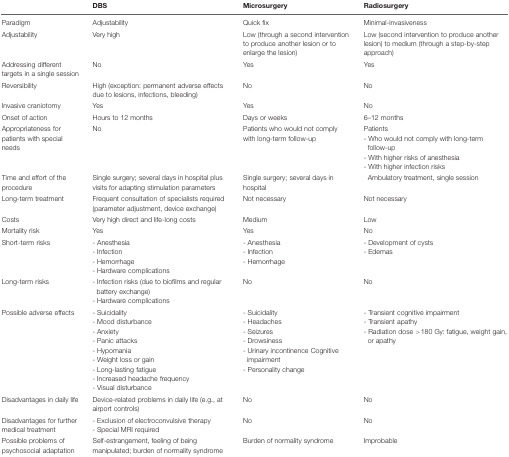
|  | DBS | Microsurgery | Radiosurgery |
 | --- | --- | --- | --- |
 | Paradigm | Adjustability | Quick fix | Minimal-invasiveness |
 | Adjustability | Very high | Low (through a second intervention to produce another lesion or to enlarge the lesion) | Low (second intervention to produce another lesion) to medium (through a step-by-step approach) |
 | Addressing different targets in a single session | No | Yes | Yes |
 | Reversibility | High (exception: permanent adverse effects due to lesions, infections, bleeding) | No | No |
 | Invasive craniotomy | Yes | Yes | No |
 | Onset of action | Hours to 12 months | Days or weeks | 6–12 months |
 | Appropriateness for patients with special needs | No | Patients who would not comply with long-term follow-up | Patients- Who would not comply with long-term follow-up- With higher risks of anesthesia- With higher infection risks |
 | Time and effort of the procedure | Single surgery; several days in hospital plus visits for adapting stimulation parameters | Single surgery; several days in hospital | Ambulatory treatment, single session |
 | Long-term treatment | Frequent consultation of specialists required (parameter adjustment, device exchange) | Not necessary | Not necessary |
 | Costs | Very high direct and life-long costs | Medium | Low |
 | Mortality risk | Yes | Yes | No |
 | Short-term risks | - Anesthesia- Infection- Hemorrhage- Hardware complications | - Anesthesia- Infection- Hemorrhage | - Development of cysts- Edemas |
 | Long-term risks | - Infection risks (due to biofilms and regular battery exchange)- Hardware complications | No | No |
 | Possible adverse effects | - Suicidality- Mood disturbance- Anxiety- Panic attacks- Hypomania- Weight loss or gain- Long-lasting fatigue- Increased headache frequency- Visual disturbance | - Suicidality- Headaches- Seizures- Drowsiness- Urinary incontinence Cognitive impairment- Personality change | - Transient cognitive impairment- Transient apathy- Radiation dose >180 Gy: fatigue, weight gain, or apathy |
 | Disadvantages in daily life | Device-related problems in daily life (e.g., at airport controls) | No | No |
 | Disadvantages for further medical treatment | - Exclusion of electroconvulsive therapy- Special MRI required | No | No |
 | Possible problems of psychosocial adaptation | Self-estrangement, feeling of being manipulated; burden of normality syndrome | Burden of normality syndrome | Improbable |